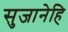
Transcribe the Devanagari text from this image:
सुजानेहि